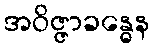
အဝိဇ္ဇာခန္ဓေန